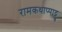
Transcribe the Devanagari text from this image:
रामकथाप्पाट्टु